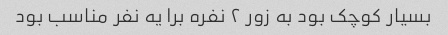
بسیار کوچک بود به زور ۲ نفره برا یه نفر مناسب بود